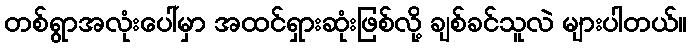
တစ်ရွာအလုံးပေါ်မှာ အထင်ရှားဆုံးဖြစ်လို့ ချစ်ခင်သူလဲ များပါတယ်။